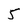
Character: 5